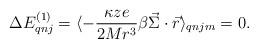
LaTeX: \begin{align*}\Delta E^{(1)}_{qnj} = \langle -\frac{\kappa ze}{2Mr^3}\beta \vec{\Sigma}\cdot \vec{r} \rangle_{qnjm} = 0.\end{align*}